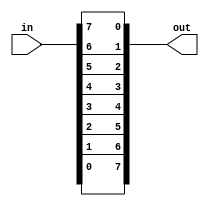
module top_module( 
    input [7:0] in,
    output [7:0] out
);
    
    genvar i;
    generate
        for(i=0; i<8; i++) begin: vectorr
            assign out[i] = in[7-i];
    	end
    endgenerate
    
endmodule